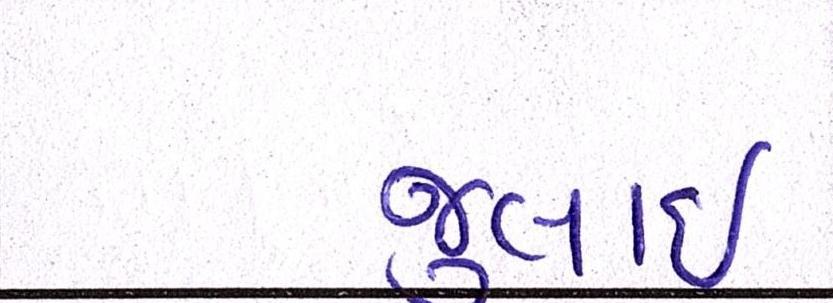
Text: જુલાઇ